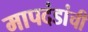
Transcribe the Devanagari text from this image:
मापदंडांची